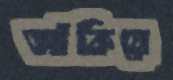
আঁকিয়ে